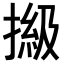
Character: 𢲩